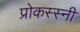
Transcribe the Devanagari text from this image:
प्रोकस्स्नी